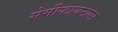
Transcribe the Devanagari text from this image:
सेमीफायनल्स